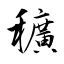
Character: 穬